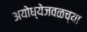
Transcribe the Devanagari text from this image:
अयोध्येजवळच्या